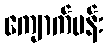
ကျောက်ပန်း